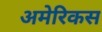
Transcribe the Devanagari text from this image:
अमेरिकस